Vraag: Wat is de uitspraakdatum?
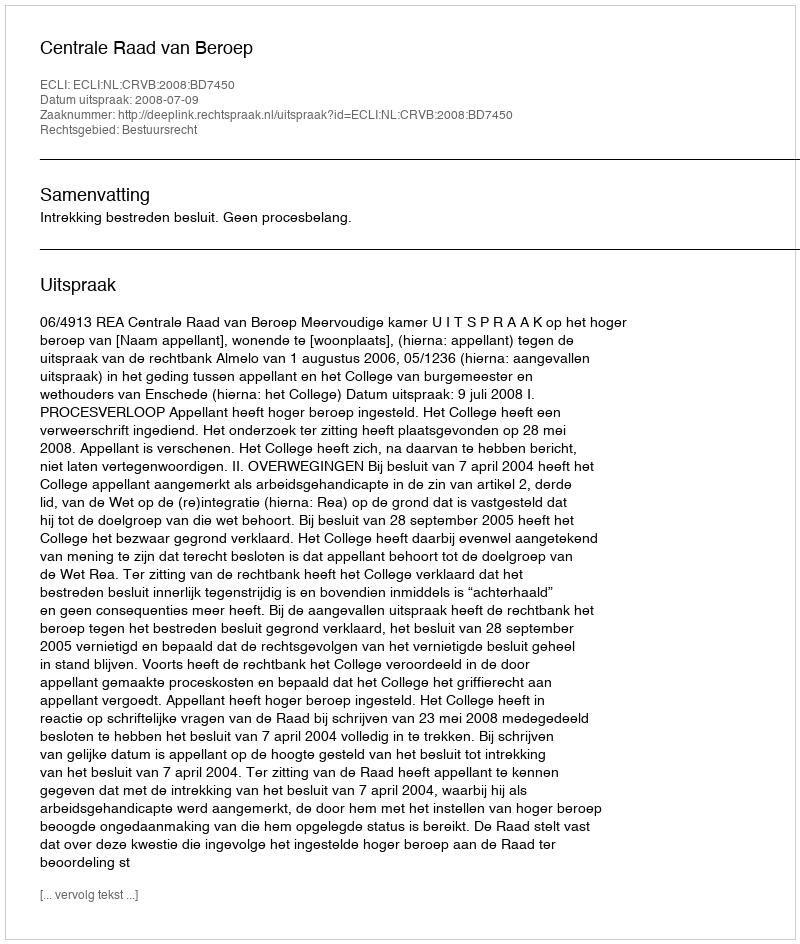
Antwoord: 2008-07-09